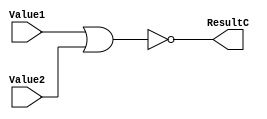
module LNor(ResultC, Value1, Value2);

input [31:0] Value1, Value2;
output reg [31:0] ResultC;

always
ResultC = ~(Value1 || Value2);

endmodule